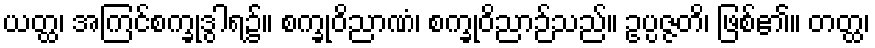
ယတ္ထ၊ အကြင်စက္ခုဒွါရ၌။ စက္ခုဝိညာဏံ၊ စက္ခုဝိညာဉ်သည်။ ဥပ္ပဇ္ဇတိ၊ ဖြစ်၏။ တတ္ထ၊